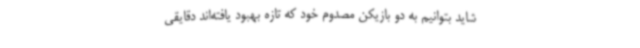
شاید بتوانیم به دو بازیکن مصدوم خود که تازه بهبود یافته‌اند دقایقی